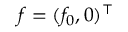
\boldsymbol { f } = ( f _ { 0 } , 0 ) ^ { \top }